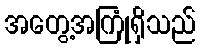
အတွေ့အကြုံရှိသည်